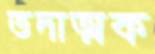
তদাত্মক